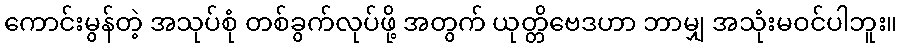
ကောင်းမွန်တဲ့ အသုပ်စုံ တစ်ခွက်လုပ်ဖို့ အတွက် ယုတ္တိဗေဒဟာ ဘာမျှ အသုံးမဝင်ပါဘူး။